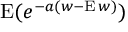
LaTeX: \operatorname { E } ( e ^ { - a ( w - \operatorname { E } w ) } )